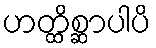
ဟတ္ထိစ္ဆာပါပိ